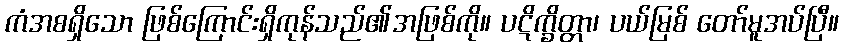
ကံအစရှိသော ဖြစ်ကြောင်းရှိကုန်သည်၏အဖြစ်ကို။ ပဋိက္ခိတ္တာ၊ ပယ်မြစ် တော်မူအပ်ပြီ။